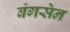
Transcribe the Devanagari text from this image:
बंगसेन